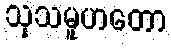
သုသမူဟတော